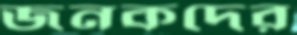
জনকদের